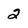
Character: 2